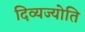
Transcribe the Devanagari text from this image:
दिव्यज्योति